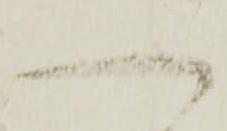
一